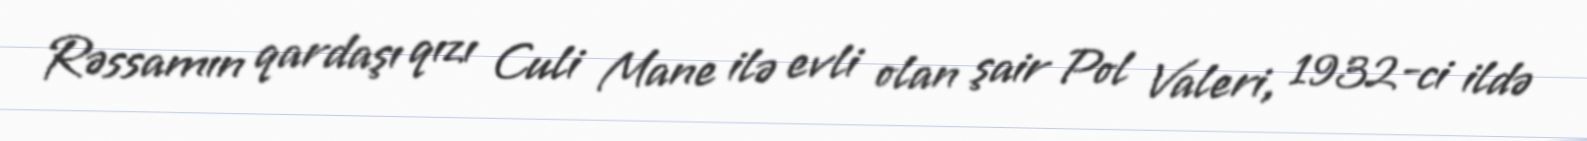
Rəssamın qardaşı qızı Culi Mane ilə evli olan şair Pol Valeri, 1932-ci ildə